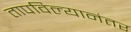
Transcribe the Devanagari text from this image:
तापविल्यानंतर